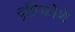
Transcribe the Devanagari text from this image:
दृष्टिकोणें